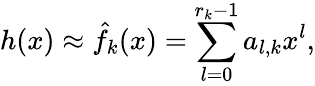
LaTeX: h(x)\approx\hat{f}_{k}(x)=\sum_{l=0}^{r_{k}-1}a_{l,k}x^{l},